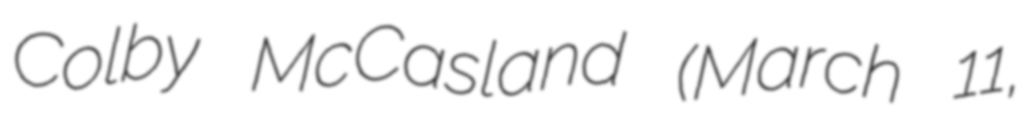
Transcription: Colby McCasland (March 11,